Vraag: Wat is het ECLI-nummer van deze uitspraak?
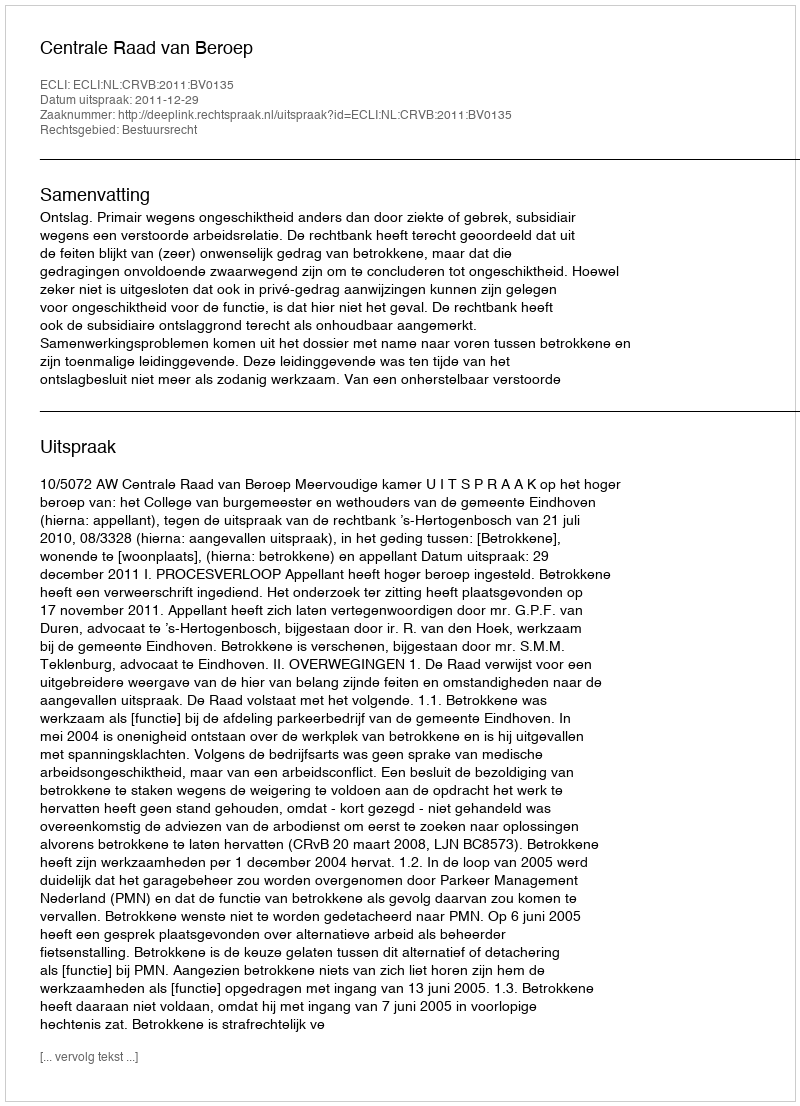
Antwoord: ECLI:NL:CRVB:2011:BV0135